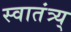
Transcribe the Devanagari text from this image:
स्वातंत्र्य्